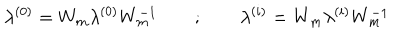
LaTeX: \lambda ^ { ( 0 ) } = W _ { m } \lambda ^ { ( 0 ) } W _ { m } ^ { - 1 } \quad \quad ; \quad \quad \lambda ^ { ( i ) } = W _ { m } \lambda ^ { ( i ) } W _ { m } ^ { - 1 }